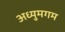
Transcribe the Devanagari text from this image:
अध्युमगम